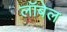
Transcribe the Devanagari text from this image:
लॉबेल